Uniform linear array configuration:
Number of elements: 32
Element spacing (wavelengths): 0.75
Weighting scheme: uniform
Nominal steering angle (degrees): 15
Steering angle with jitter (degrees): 16.832
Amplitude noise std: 0.05
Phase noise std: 0.05

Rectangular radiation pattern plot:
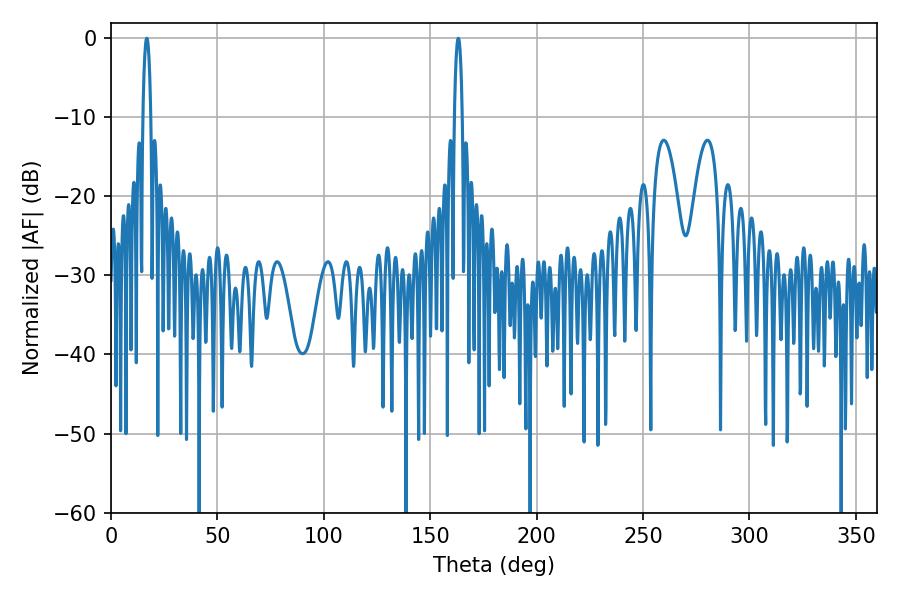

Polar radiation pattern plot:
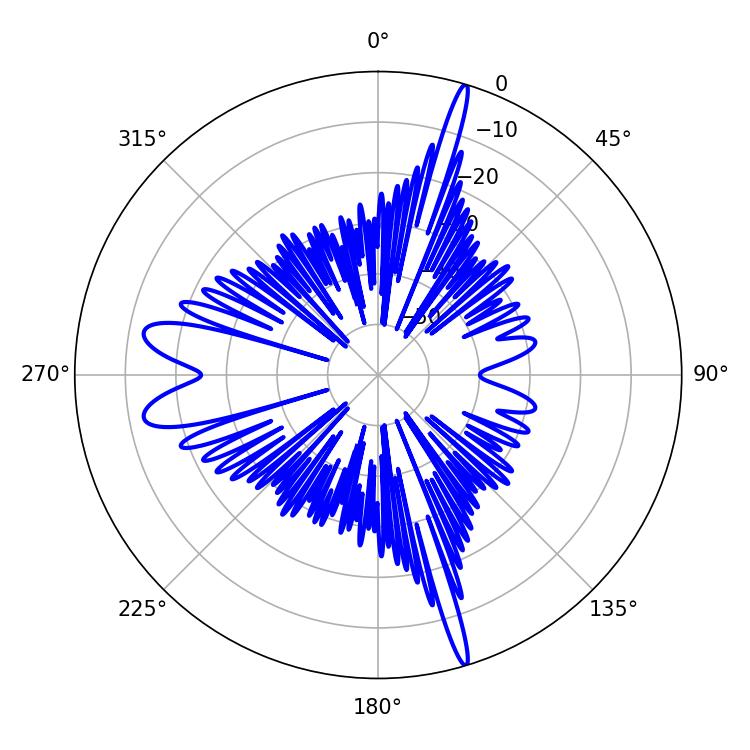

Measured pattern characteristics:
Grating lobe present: TRUE
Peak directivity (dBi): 23.249
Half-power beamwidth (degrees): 1.98
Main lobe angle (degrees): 16.74